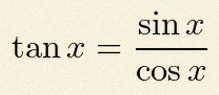
\tan x=\frac{\sin x}{\cos x}